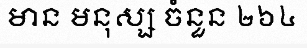
មាន មនុស្ស ចំនួន ២៦៤